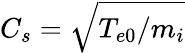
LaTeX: C_{s}=\sqrt{T_{e0}/m_{i}}